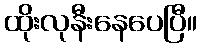
ထိုးလုနီးနေပေပြီ။